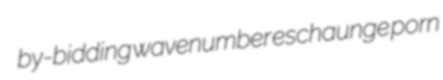
by-bidding wavenumber eschaunge porn